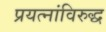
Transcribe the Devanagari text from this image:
प्रयत्‍नांविरुद्ध